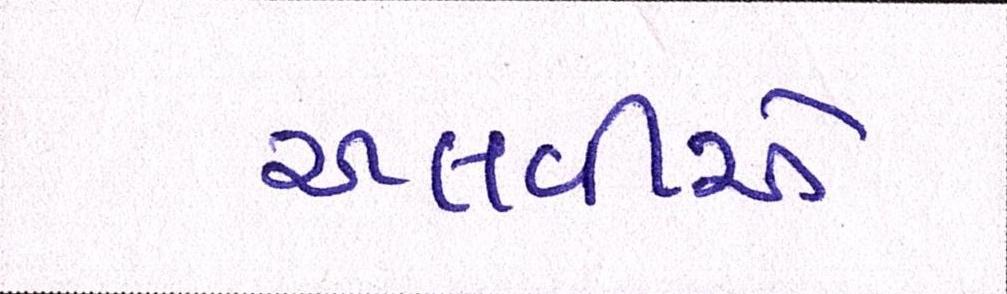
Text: અલવીએ